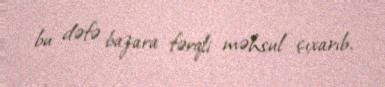
bu dəfə bazara fərqli məhsul çıxarıb.